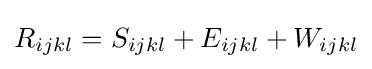
R_{ijkl}=S_{ijkl}+E_{ijkl}+W_{ijkl}